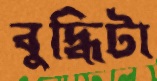
বুদ্ধিটা